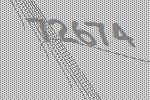
72674